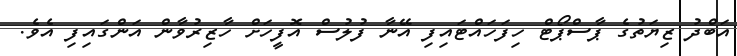
އަބްދު ޒިޔަތުގެ ޕާސްޕޯޓް ހިފަހައްޓައިފި އޭނާ ފުލުސް އޮފީހަށް ހާޒިރުވާން އަންގައިފި އެވެ.